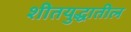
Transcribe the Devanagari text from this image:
शीतयुद्धातील